Annual statistical returns and brief notes on vaccination in Bengal - 1887-1898
Year: 1887
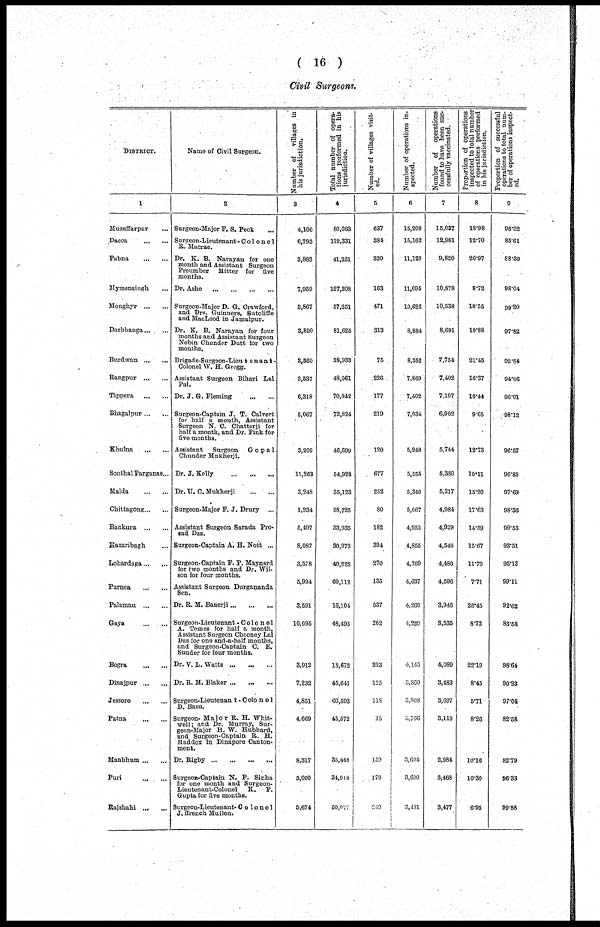
( 16 )
Civil Surgeons.
DISTRICT.
1
Muzaffarpur ...
Dacca
...
...
Pubna
...
...
Mymensingh ...
Monghyr ... ...
Darbhanga ... ...
Burdwan ... ...
Rangpur ... ...
Tippera
...
...
Bhagalpur...
...
Khulna
...
...
Sonthal Parganas...
Malda
...
...
Chittagong ... ...
Bankura ... ...
Hazaribagh ...
Lohardaga...
...
Purnea
...
...
Palamau ... ...
Gaya
...
...
Bogra
...
...
Dinajpur ... ...
Jessore
...
...
Patna
...
...
Manbhum...
...
Puri
...
...
Rajshahi ... ...
Name of Civil Surgeon.
2
Surgeon-Major F. S. Peck ...
Surgeon-Lieutenant- Colonel
B. Macrae.
Dr. K. B. Narayan for one
month and Assistant Surgeon
Preumber Mitter for five
months.
Dr. Ashe
...
...
...
...
Surgeon-Major D. G. Crawford,
and Drs. Guinners, Sutcliffe
and MacLeod in Jamalpur.
Dr. K. B. Narayan for four
months and Assistant Surgeon
Nobin Chunder Dutt for two
months.
Brigade-Surgeon-Lientenant¬
Colonel W. H. Gregg.
Assistant Surgeon Bihari Lal
Pal.
Dr. J. G. Fleming
...
...
Surgeon-Captain J. T. Calvert
for half a month, Assistant
Surgeon N. C. Chatterji for
half a month, and Dr. Fink for
five months.
Assistant
Surgeon
Gopa1
Chunder Mukherji.
Dr. J.Kelly
...
...
...
Dr. U. C. Mukherji
...
...
Surgeon-Major F. J. Drury ...
Assistant Surgeon Sarada Pro¬
sad Das.
Surgeon-Captain A. H. Nott ...
Surgeon-Captain F. P. Maynard
for two months and Dr. Wil-
son for four months.
Assistant Surgeon Durgananda
Sen.
Dr. R. M. Banerji ... ... ...
Surgeon-Lieutenant -Colonel
A. Tomes for half a month,
Assistant Surgeon Chooney Lal
Das for one and-a-half months,
and Surgeon-Captain C. E.
Sunder for four months.
Dr.V.L. Watts...
...
...
Dr. R. M. Blaker...
...
...
Surgeon-Lieutenant - Colone1
D. Basu.
Surgeon- Major R. H. Whit-
well; and Dr. Murray, Sur-
geon-Major H. W. Hubbard,
and Surgeon-Captain R. H.
Maddox in Dinapore Canton-
ment.
Dr.
Rigby...
...
...
...
Surgeon-Captain N. P. Sinha
for one month and Surgeon-
Lientenant-Colonel
K. P.
Gupta for five months.
Surgeon-Lieutenant- Colonel
J.ffrench Mullen.
Number of villages in
his jurisdiction.
3
4,106
6,793
3,883
7,959
3,867
3,890
3,560
3,537
6,318
5,067
3,209
11,263
3,248
1,234
5,497
8,087
3,578
5,994
3,591
10,095
3,912
7,232
4,851
4,669
8,317
5,000
5,674
Total number of opera-
tions performed in his
jurisdiction.
4
80,083
119,331
41,221
127,208
57,251
81,625
38,933
48,061
70,842
72,824
46,699
54,928
35,123
28,725
33,935
30,972
40,225
60,112
16,104
48,493
18,672
45,641
66,593
45,572
35,448
34,918
50,077
Number of villages visit-
ed.
5
637
384
330
163
471
313
75
226
177
219
120
677
252
80
182
394
270
135
537
202
223
125
118
15
159
170
249
Number of operations in-
spected.
6
15,200
15,162
11,120
11,095
10,622
8,884
8,352
7,869
7,402
7,034
5,948
5,555
5,340
5,067
4,952
4,855
4,709
4,637
4,260
4,229
4,145
3,860
3,808
5,766
3,604
3,600
3,481
Number of operations
found to have been suc-
cessfully vaccinated.
7
15,037
12,981
9,820
10,878
10,538
8,691
7,754
7,402
7,107
6,902
5,744
5,380
5,217
4,984
4,929
4,540
4,480
4,596
3,946
3,535
4,089
3,483
3,697
3,110
2,984
3,468
3,477
Proportion of operations
inspected to total number
of operations performed
in his jurisdiction.
8
18.98
12.70
26.97
8.72
18.55
10.88
21.45
16.37
10.44
9.65
12.73
10.11
15.20
17.63
14.59
15.67
11.70
7.71
26.45
8.72
22.19
8.45
5.71
8.26
10.16
10.30
6.95
Proportion of successful
operations to total num¬
ber of operations inspect-
ed.
9
98.92
85.61
88.30
98.04
99.20
97.82
92.84
94.06
96.01
98.12
96.57
96.85
97.69
98.36
99.53
93.51
95.13
99.11
92.62
83.58
98.64
90.23
97.08
82.58
82.79
96.33
99.88